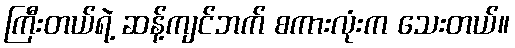
ကြီးတယ်ရဲ့ ဆန့်ကျင်ဘက် စကားလုံးက သေးတယ်။